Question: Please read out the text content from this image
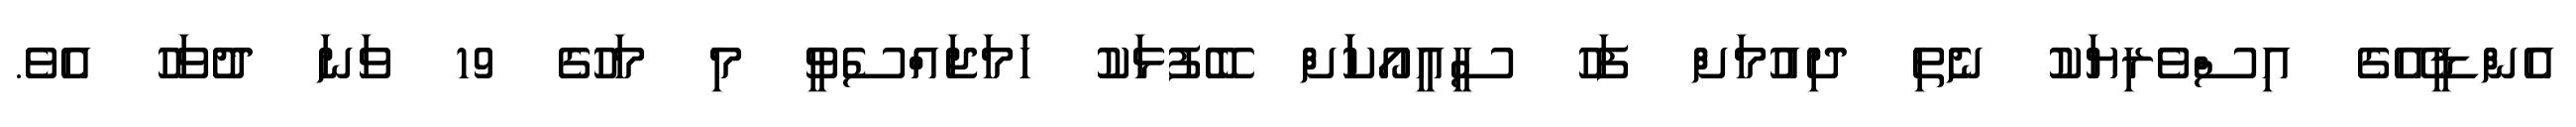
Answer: އެންޑީއޭގެ އިސްވެރިޔަކު ނެތި ދިއުމަށް ފަހު ސީއީއޯކަަށް ބޭފުޅަކު ހަމަޖައްސެވީ މި މަހުގެ 19 ވަނަ ދުވަހު އެވެ.